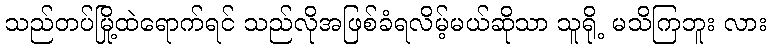
သည်တပ်မြို့ထဲရောက်ရင် သည်လိုအဖြစ်ခံရလိမ့်မယ်ဆိုသာ သူရို့ မသိကြဘူး လား